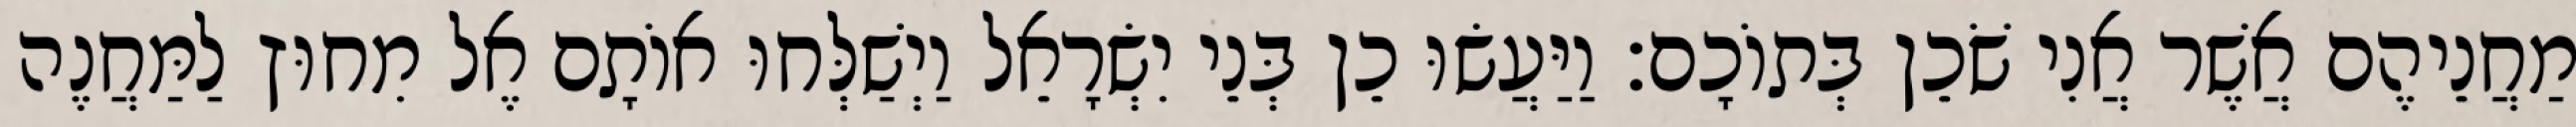
מַחֲנֵיהֶם אֲשֶׁר אֲנִי שֹׁכֵן בְּתוֹכָם׃ וַיַּעֲשׂוּ כֵן בְּנֵי יִשְׂרָאֵל וַיְשַׁלְּחוּ אוֹתָם אֶל מִחוּץ לַמַּחֲנֶה